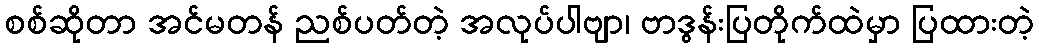
စစ်ဆိုတာ အင်မတန် ညစ်ပတ်တဲ့ အလုပ်ပါဗျာ၊ ဗာဒွန်းပြတိုက်ထဲမှာ ပြထားတဲ့